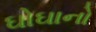
ઘોઘાનો